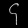
Digit: ၄